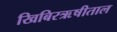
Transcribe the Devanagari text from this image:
खिबिरऋषीताल